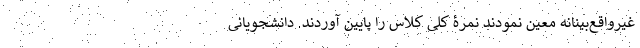
غیرواقع‌بینانه معین نمودند نمرۀ کلی کلاس را پایین آوردند. دانشجویانی